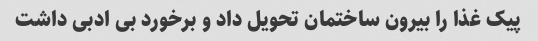
پیک غذا را بیرون ساختمان تحویل داد و برخورد بی ادبی داشت